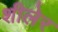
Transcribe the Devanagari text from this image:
शीलेर